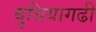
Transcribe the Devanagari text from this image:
बुधियागढी